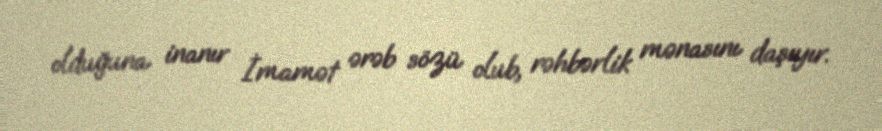
olduğuna inanır İmamət ərəb sözü olub, rəhbərlik mənasını daşıyır.